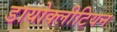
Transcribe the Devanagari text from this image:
डायोक्लीटियन